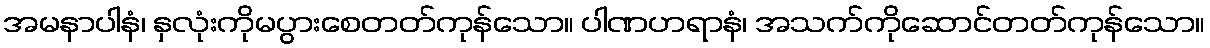
အမနာပါနံ၊ နှလုံးကိုမပွားစေတတ်ကုန်သော။ ပါဏဟရာနံ၊ အသက်ကိုဆောင်တတ်ကုန်သော။